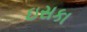
ઇસકા